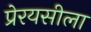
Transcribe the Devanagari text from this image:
प्रेरयसीला